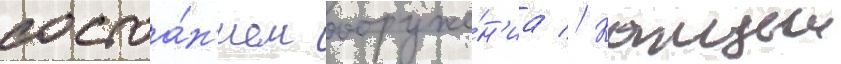
состоа́н'ием вооруже́н'иа // Каждыи